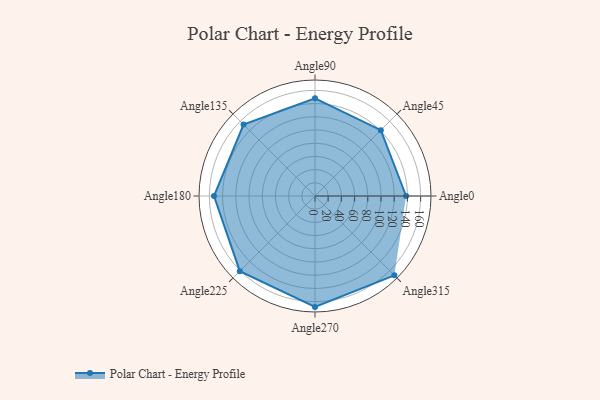
{"axis": {"x": "Angle", "y": "Radius"}, "legend": [""], "data": [{"x": "Angle0", "y": 138.0, "type": ""}, {"x": "Angle45", "y": 141.0, "type": ""}, {"x": "Angle90", "y": 148.0, "type": ""}, {"x": "Angle135", "y": 153.0, "type": ""}, {"x": "Angle180", "y": 153.0, "type": ""}, {"x": "Angle225", "y": 161.0, "type": ""}, {"x": "Angle270", "y": 168.0, "type": ""}, {"x": "Angle315", "y": 170, "type": ""}]}